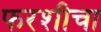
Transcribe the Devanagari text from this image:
फरशीचा